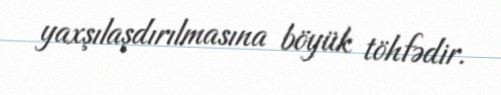
yaxşılaşdırılmasına böyük töhfədir.